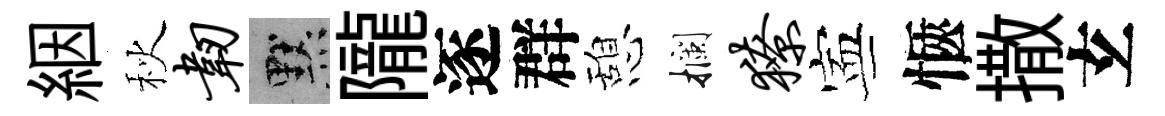
絪秋韧默隴逐群憩攔獠寕愜撒𤣥